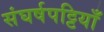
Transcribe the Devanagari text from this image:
संघर्षपट्टियाँ